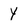
Character: y